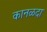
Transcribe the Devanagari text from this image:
कानळदा